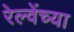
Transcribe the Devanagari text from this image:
रेल्वेंच्या